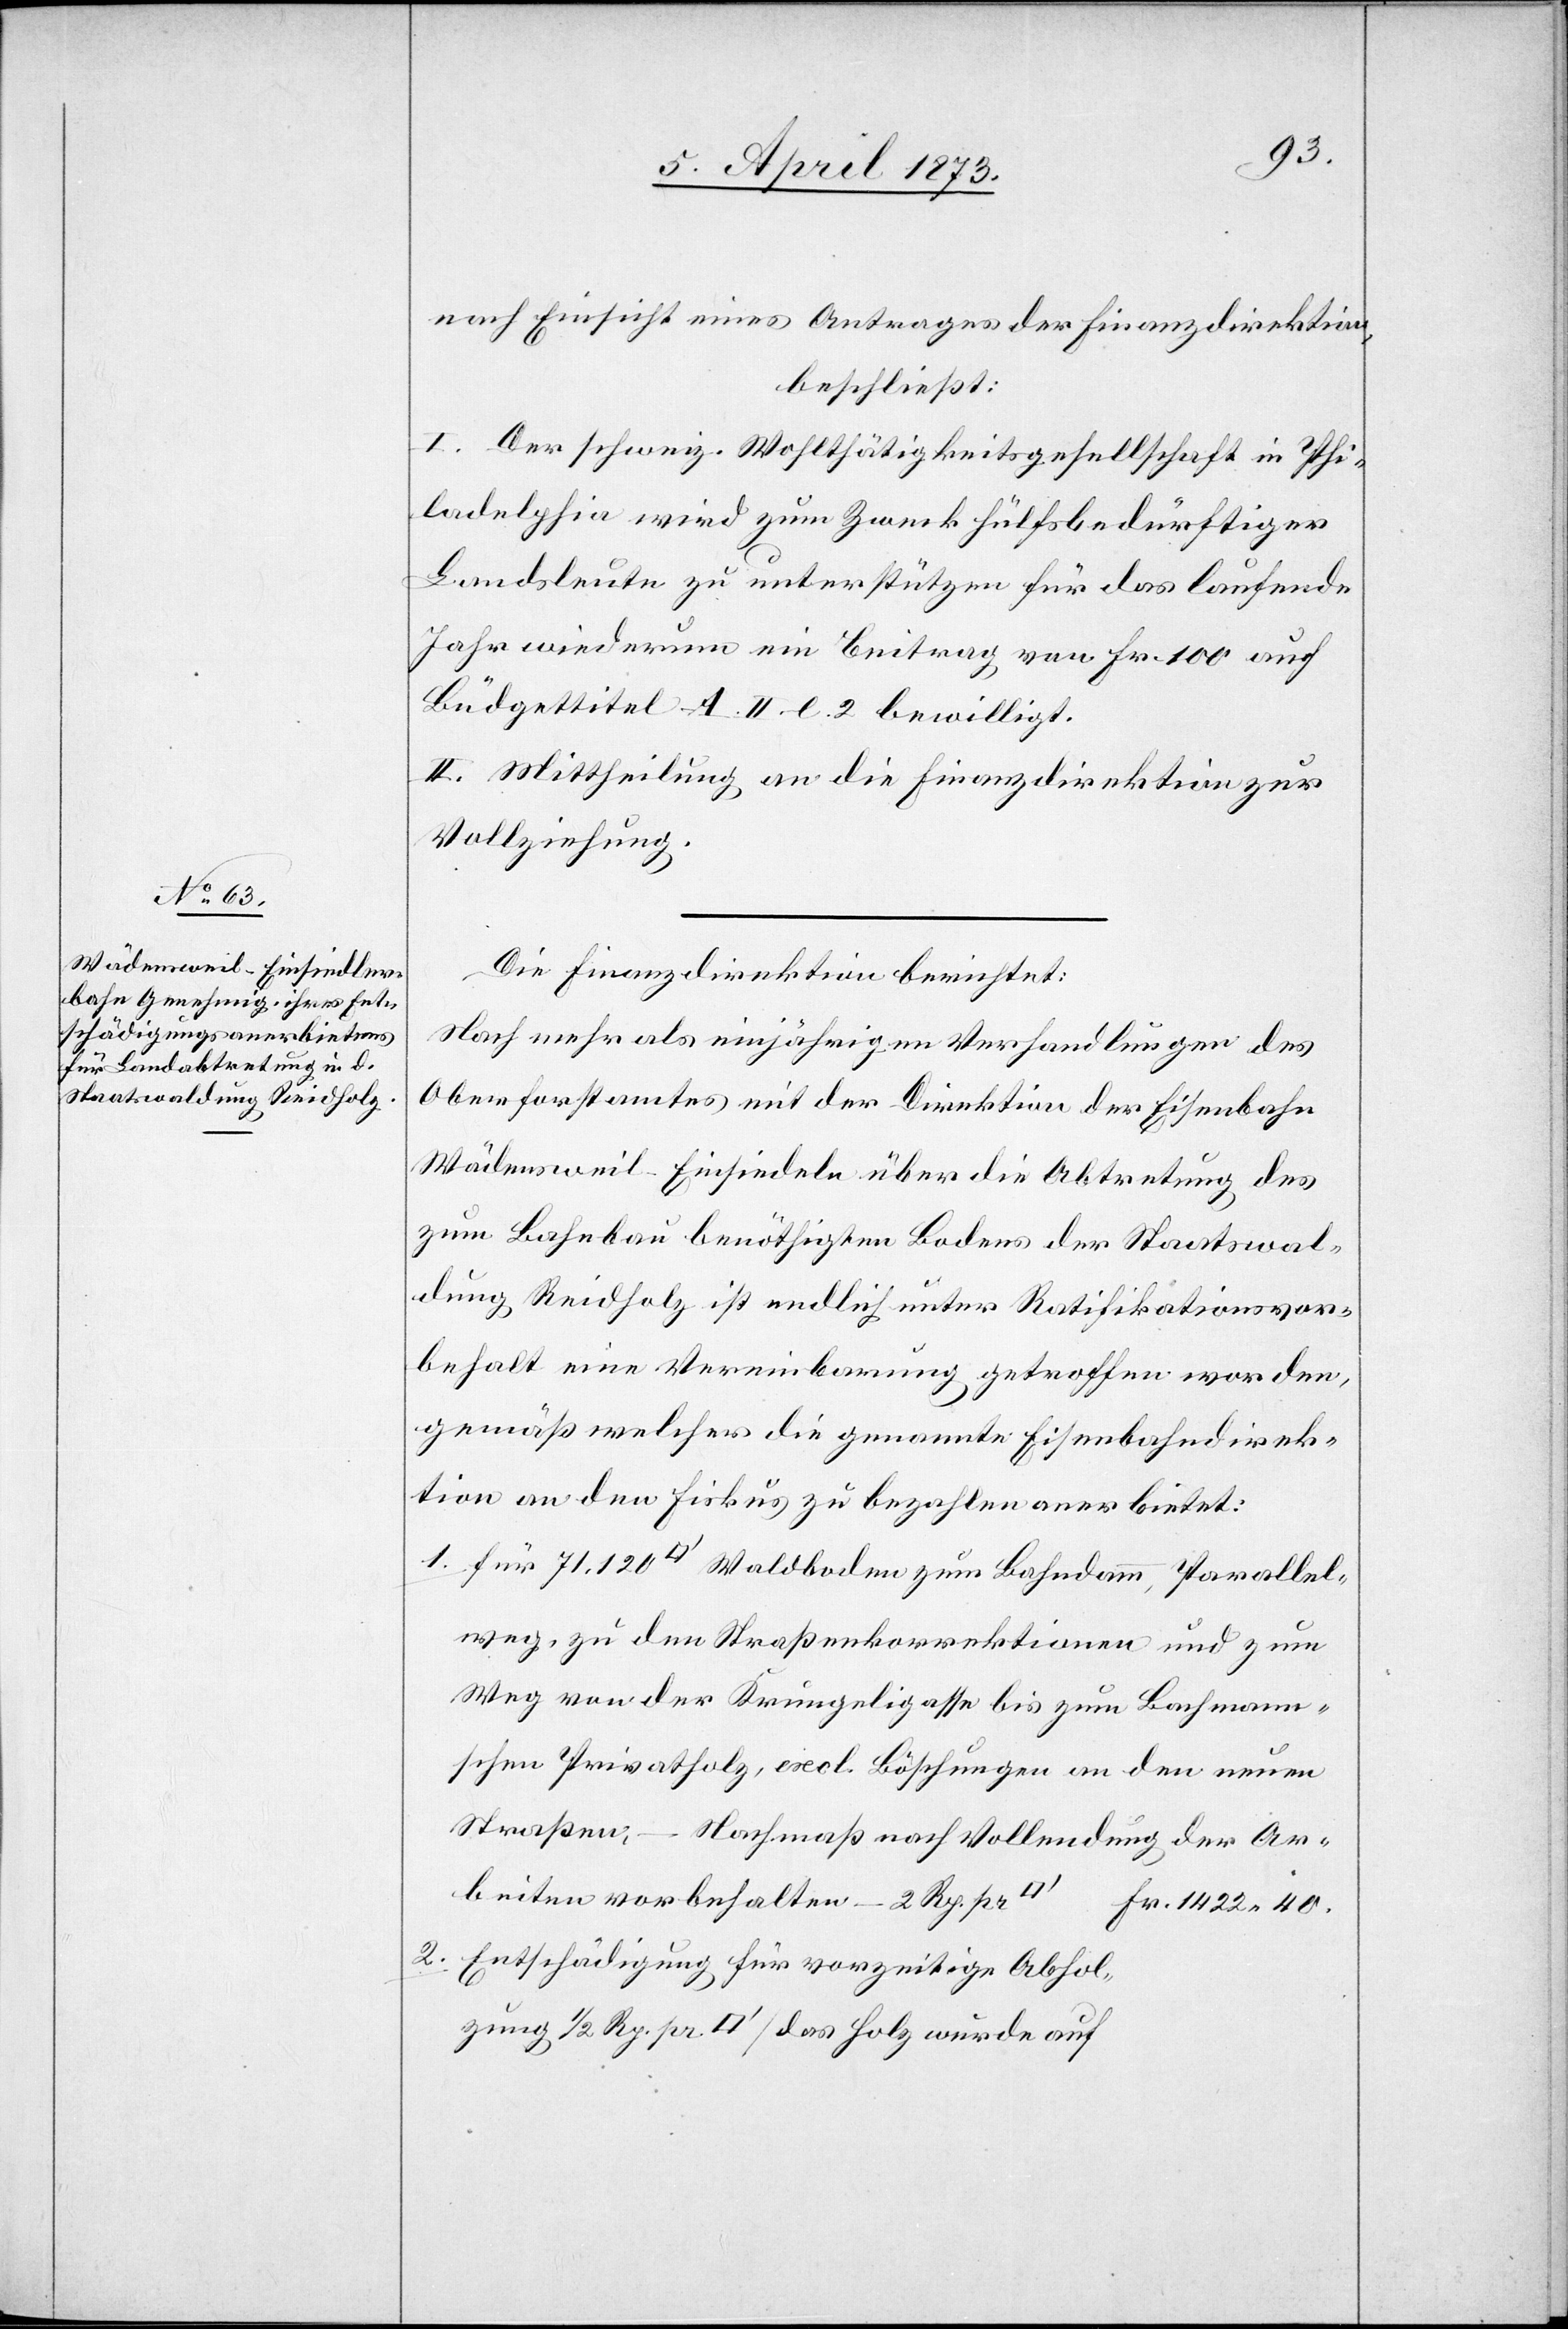
dung
nach Einsicht eines Antrages der Finanzdirektion,
beschließt:
I. Der schweiz. Wohltätigkeitsgesellschaft in Phi¬
ladelphia wird zum Zweck hülfsbedürftiger
Landsleute zu unterstützen für das laufende
Jahr wiederum ein Beitrag von Fr. 100 auf
Büdgettitel A. II. l. 2 bewilligt.
II. Mittheilung an die Finanzdirektion zur
Vollziehung.
Die Finanzdirektion berichtet:
Nach mehr als einjährigen Verhandlungen des
Oberforstamtes mit der Direktion der Eisenbahn
Wädensweil–Einsiedeln über die Abtretung des
zum Bahnbau benöthigten Bodens der Staatswal¬
dung Reidholz ist endlich unter Ratifikationsvor¬
behalt eine Vereinbarung getroffen worden,
gemäß welcher die genannte Eisenbahndirek¬
tion an den Fiskus zu bezahlen anerbietet:
weg, zu den Straßenkorrektionen und zum
Weg von der Krungeligasse bis zum Bachmann¬
schen Privatholz, excl. Böschungen an den neuen
Straßen, – Nachmaß nach Vollen¬
Arbeiten vorbehalten – 2 Rp. pr
Fr. 1422 40.
2. Entschädigung für vorzeitige Abhol¬
zung ½ Rp. pr. [Quadratfuss]/ das Holz würde auf